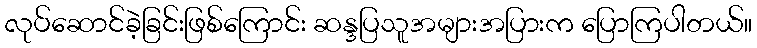
လုပ်ဆောင်ခဲ့ခြင်းဖြစ်ကြောင်း ဆန္ဒပြသူအများအပြားက ပြောကြပါတယ်။